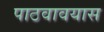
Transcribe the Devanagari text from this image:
पाठवावयास